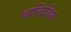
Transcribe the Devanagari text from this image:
व्हाल्दिव्हिया